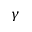
\gamma